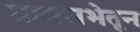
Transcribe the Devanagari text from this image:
ग्रामसभेतून